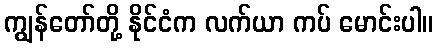
ကျွန်တော်တို့ နိုင်ငံက လက်ယာ ကပ် မောင်းပါ။